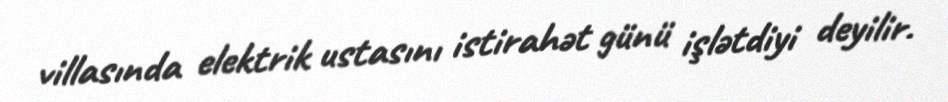
villasında elektrik ustasını istirahət günü işlətdiyi deyilir.